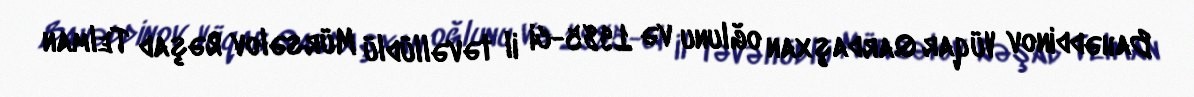
Bahəddinov Vüqar Qardaşxan oğlunu və 1985-ci il təvəllüdlü Mürsəlov Rəşad Telman